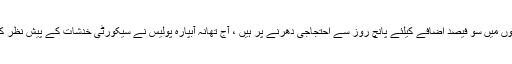
وفاقی اداروں کے درجنوں کلرک کا تنخواہوں میں سو فیصد اضافے کیلئے پانچ روز سے احتجاجی دھرنے پر ہیں ، آج تھانہ آبپارہ پولیس نے سیکورٹی خدشات کے پیش نظر کلرکوں کو دھرنا ختم کرنے کی ہدایت کی ۔